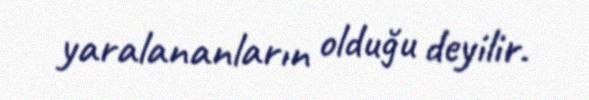
yaralananların olduğu deyilir.